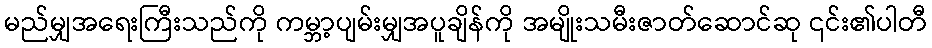
မည်မျှအရေးကြီးသည်ကို ကမ္ဘာ့ပျမ်းမျှအပူချိန်ကို အမျိုးသမီးဇာတ်ဆောင်ဆု ၎င်း၏ပါတီ